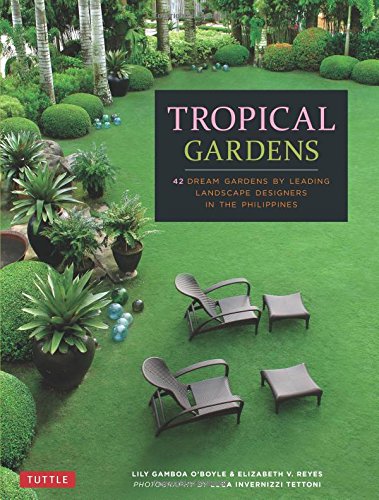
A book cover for Tropical Gardens: 42 Dream Gardens by Leading Landscape Designers in the Philippines; Lily Gamboa O'Boyle; Crafts, Hobbies & Home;